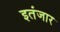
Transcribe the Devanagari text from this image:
इतंजार